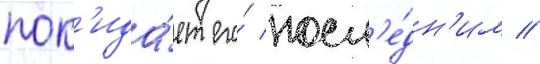
пок'ида́ет его́ посл'е́дн'им //